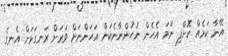
އޭނާ ކަމެއް ކޮށްފި ނަމަ އެހެން ނުހުންނާނެކަން އަހަންނަށް ވަރަށް ރަނގަޅަށް އެނގެ